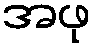
အဖု